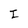
Character: I